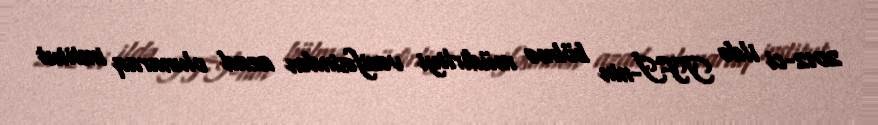
2012-ci ildə TFİ-nin bölmə müdirliyi vəzifəsindən azad olunaraq institut